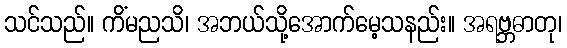
သင်သည်။ ကိံမညသိ၊ အဘယ်သို့အောက်မေ့သနည်း။ အရဗ္ဘဓာတု၊